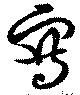
寫